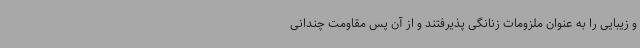
و زیبایی را به عنوان ملزومات زنانگی پذیرفتند و از آن پس مقاومت چندانی